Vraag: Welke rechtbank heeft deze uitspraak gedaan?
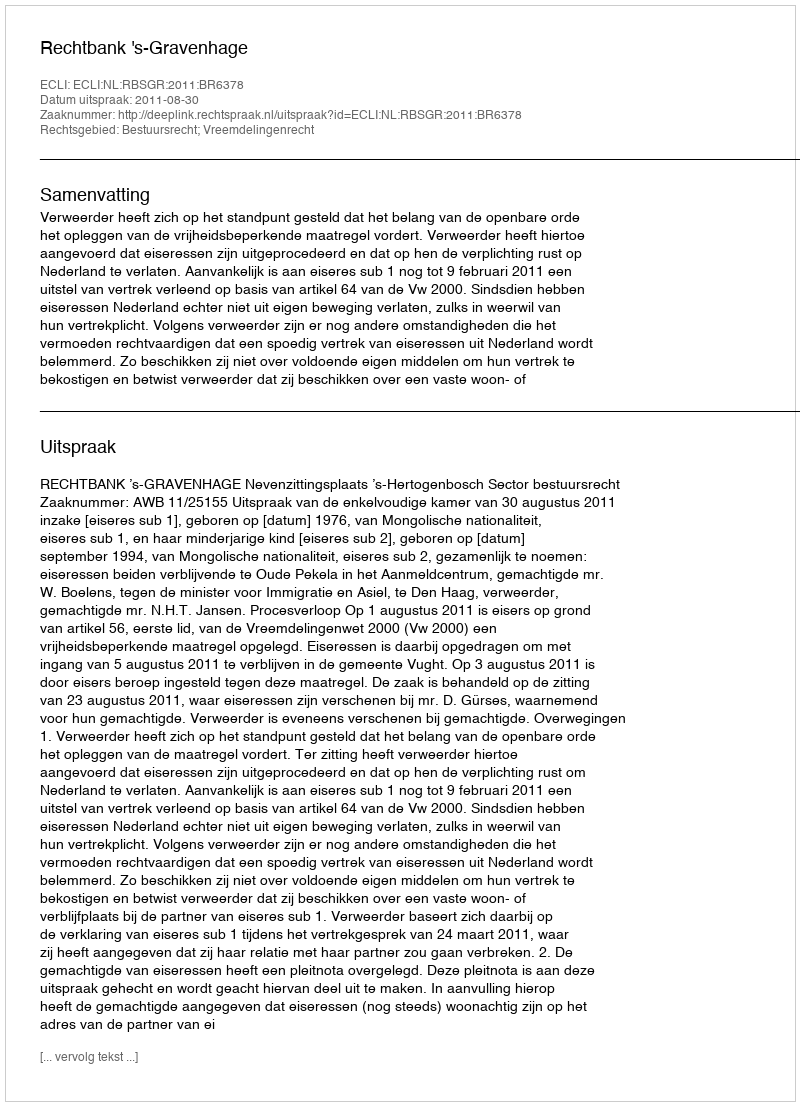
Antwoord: Rechtbank 's-Gravenhage